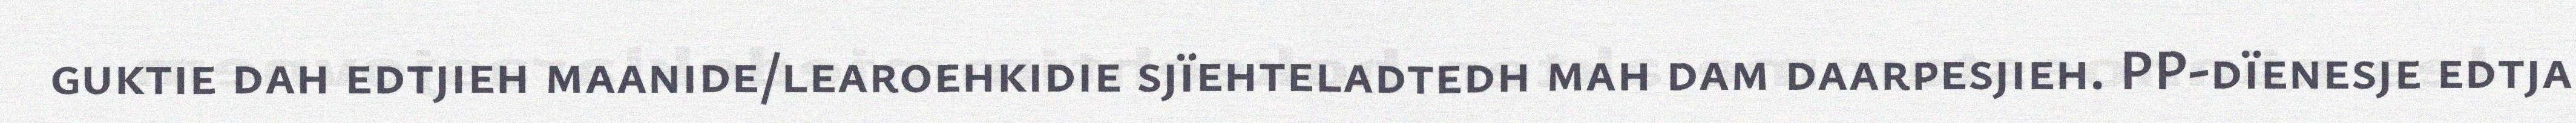
guktie dah edtjieh maanide/learoehkidie sjïehteladtedh mah dam daarpesjieh. PP-dïenesje edtja